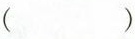
( )